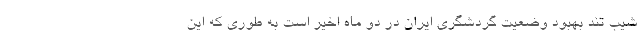
شیب تند بهبود وضعیت گردشگری ایران در دو ماه اخیر است به طوری که این